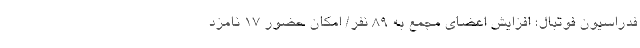
فدراسیون فوتبال؛ افزایش اعضای مجمع به ۸۹ نفر/ امکان حضور ۱۷ نامزد